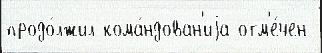
продо́лжил кома́ндован'иjа отм'е́чен